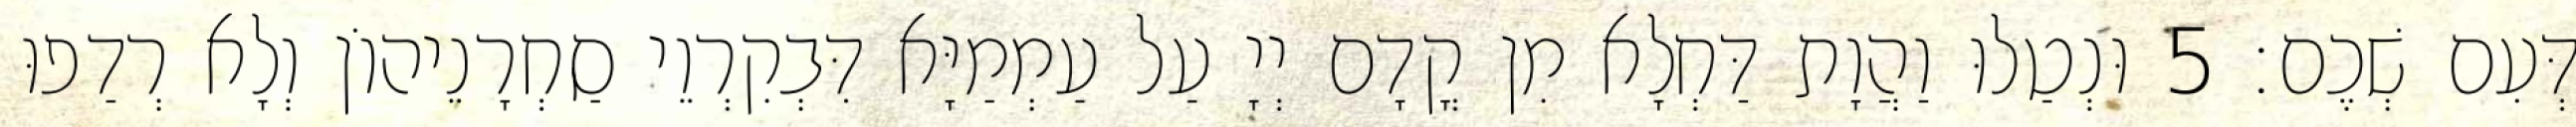
דְּעִם שְׁכֶם׃ 5 וּנְטַלוּ וַהֲוָת דַּחְלָא מִן קֳדָם יְיָ עַל עַמְמַיָּא דִּבְקִרְוֵי סַחְרָנֵיהוֹן וְלָא רְדַפוּ